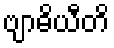
ဗျာဓိယီတိ